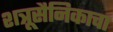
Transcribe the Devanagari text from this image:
शत्रूसैनिकाचा